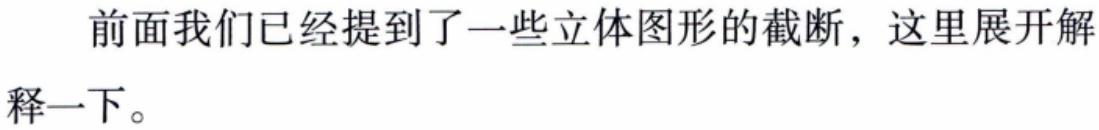
前面我们已经提到了一些立体图形的截断，这里展开解释一下。